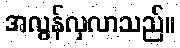
အလွန်လှလာသည်။